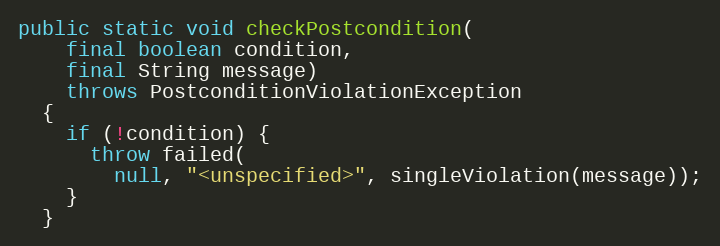
Language: Java
public static void checkPostcondition(
    final boolean condition,
    final String message)
    throws PostconditionViolationException
  {
    if (!condition) {
      throw failed(
        null, "<unspecified>", singleViolation(message));
    }
  }